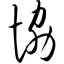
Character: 协